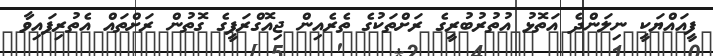
ފީއައްޔަކީ ނިލަންދެ އަތޮޅު އުތުރުބުރީގެ ރަށްތަކުގެ ތެރެއިން ޖިއޮގްރަފީގެ ގޮތުން ރަށްތައް އެތުރިފައިވާ